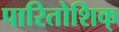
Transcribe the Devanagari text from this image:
पारितोशिक्